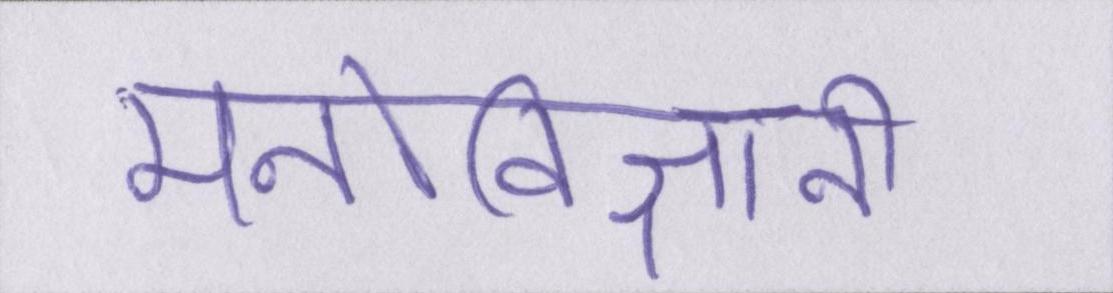
मनोविज्ञानी